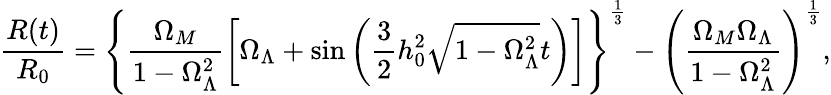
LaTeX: \frac{R(t)}{R_{0}}=\left\{ \frac{\Omega_{M}}{1-\Omega_{\Lambda}^{2}}\left[\Omega_{\Lambda}+\sin\left(\frac{3}{2}h_{0}^{2}\sqrt{1-\Omega_{\Lambda}^{2}}t\right)\right]\right\} ^{\frac{1}{3}}-\left(\frac{\Omega_{M}\Omega_{\Lambda}}{1-\Omega_{\Lambda}^{2}}\right)^{\frac{1}{3}},